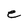
Character: e